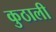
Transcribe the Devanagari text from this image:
कुठाली